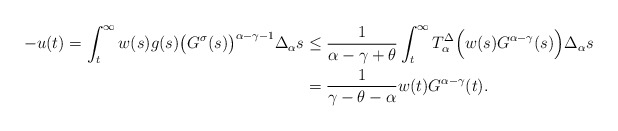
\begin{align*}-u(t)=\int_{t}^{\infty}w(s)g(s)\big(G^\sigma(s)\big)^{\alpha-\gamma-1}\Delta_{\alpha} s&\leq\frac{1}{\alpha-\gamma+\theta}\int_{t}^{\infty} T^{\Delta}_{\alpha} \Big(w(s)G^{\alpha-\gamma}(s)\Big)\Delta_{\alpha} s\\&=\frac{1}{\gamma-\theta-\alpha}w(t)G^{\alpha-\gamma}(t).\end{align*}